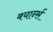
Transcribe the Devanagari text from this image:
बयार्न्स